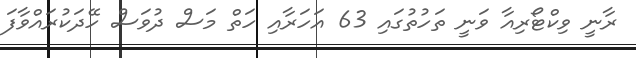
ރާނީ ވިކްޓޯރިއާ ވަނީ ތަހުތުގައި 63 އަހަރާއި ހަތް މަސް ދުވަސް ހޭދަކުރައްވާފަ